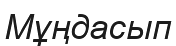
Мұңдасып